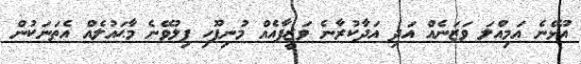
އުޅޭނެ އަމިއްލަ ވަޒަނެއް އަދި އަދާކުރާނެ ވަޒީފާއެއް މުނިފޫހި ފިލުވޭނެ މާޙައުލެއް އެތަނަކުން